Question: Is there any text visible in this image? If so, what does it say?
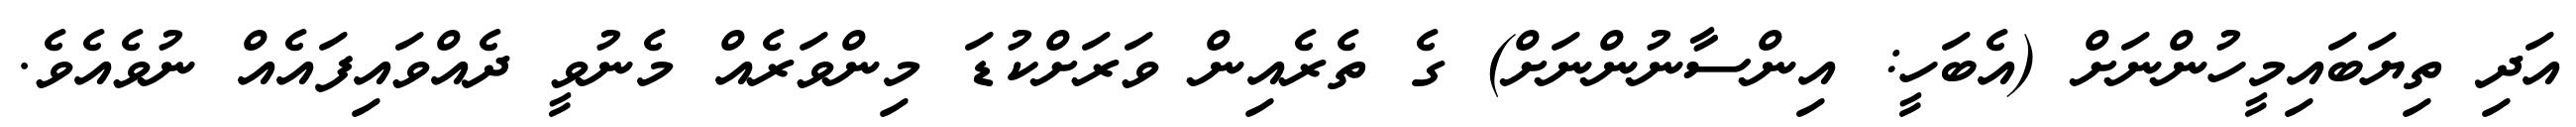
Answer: އަދި ތިޔަބައިމީހުންނަށް (އެބަހީ: އިންސާނުންނަށް) ގެ ތެރެއިން ވަރަށްކުޑަ މިންވަރެއް މެނުވީ ދެއްވައިފައެއް ނުވެއެވެ.